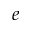
e